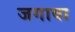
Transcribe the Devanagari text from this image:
जगावा